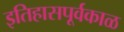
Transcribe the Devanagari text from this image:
इतिहासपूर्वकाळ